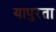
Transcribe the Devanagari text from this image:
यापुरता